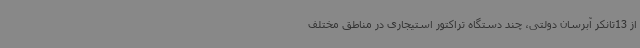
از 13تانکر آبرسان دولتی، چند دستگاه تراکتور استیجاری در مناطق مختلف